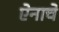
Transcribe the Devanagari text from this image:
ऐनाचे